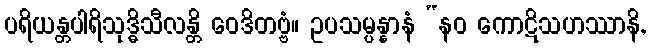
ပရိယန္တပါရိသုဒ္ဓိသီလန္တိ ဝေဒိတဗ္ဗံ။ ဥပသမ္ပန္နာနံ “နဝ ကောဋိသဟဿာနိ,